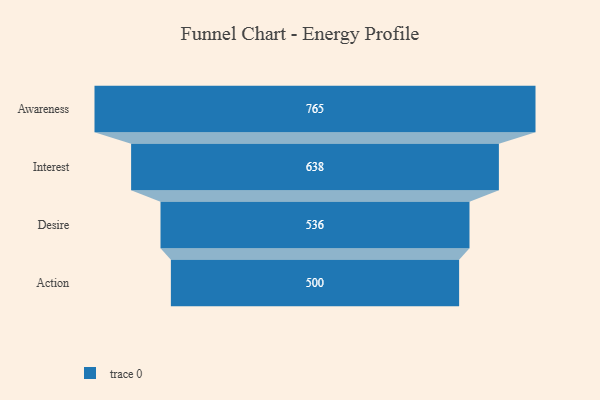
{"axis": {"x": "Stage", "y": "Value"}, "legend": [""], "data": [{"x": "Awareness", "y": 765.0, "type": ""}, {"x": "Interest", "y": 638.0, "type": ""}, {"x": "Desire", "y": 536.0, "type": ""}, {"x": "Action", "y": 500, "type": ""}]}